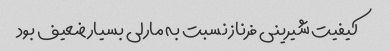
کیفیت شیرینى فرناز نسبت به مارلى بسیار ضعیف بود